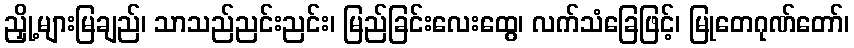
ညှို့များမြချည်၊ သာသည်ညင်းညင်း၊ မြည်ခြင်းလေးထွေ၊ လက်သံခြေဖြင့်၊ မြုတေဂုဏ်တော်၊